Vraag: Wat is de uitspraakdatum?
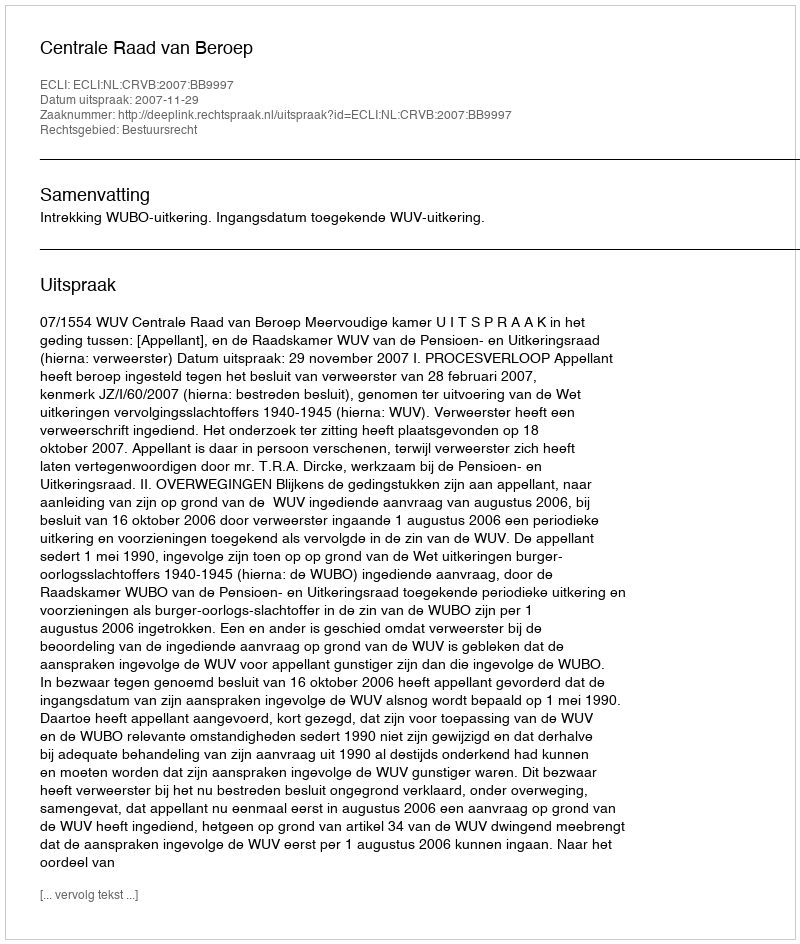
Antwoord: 2007-11-29